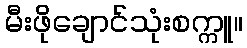
မီးဖိုချောင်သုံးစက္ကူ။